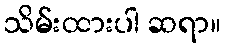
သိမ်းထားပါ ဆရာ။